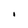
Character: I